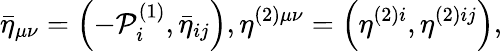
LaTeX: \bar{\eta}_{\mu\nu}=\left(-{\cal P}_{i}^{(1)},\bar{\eta}_{ij}\right),\eta^{(2)\mu\nu}=\left(\eta^{(2)i},\eta^{(2)ij}\right),